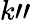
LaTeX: k"